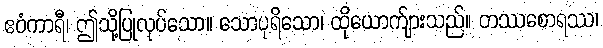
ဧဝံကာရီ၊ ဤသို့ပြုလုပ်သော။ သောပုရိသော၊ ထိုယောက်ျားသည်။ တဿစောရဿ၊